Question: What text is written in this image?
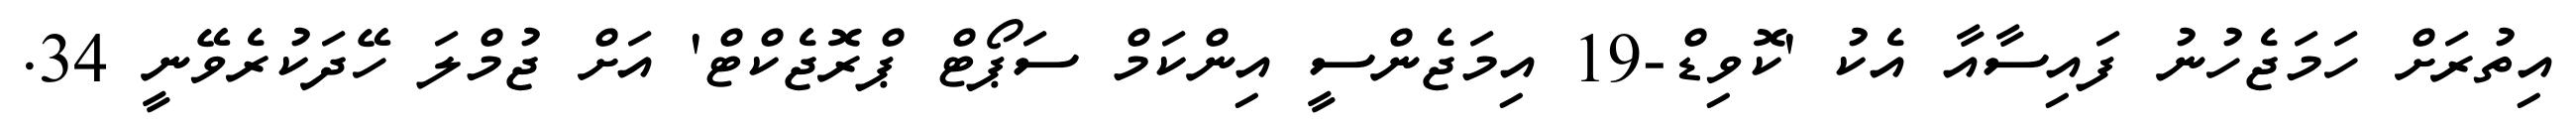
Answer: އިތުރަށް ހަމަޖެހުނު ފައިސާއާ އެކު 'ކޮވިޑް-19 އިމަޖެންސީ އިންކަމް ސަޕޯޓް ޕްރޮޖެކްޓް' އަށް ޖުމްލަ ހޭދަކުރެވޭނީ 34.